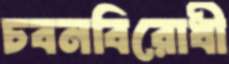
চবনবিরোধী